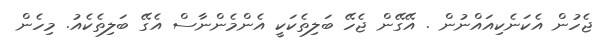
ޖެހުން އެކަނެކިއައްނުން . އޭގޭން ޖެހޭ ބަލިތެކަކީ އެންމެންނާސް އެގޭ ބަލިތެކެއު. މިހެން